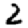
Digit: 2